Report of an investigation into the causes of malaria in Bombay and the measures necessary for its control
Disease focus: Malaria
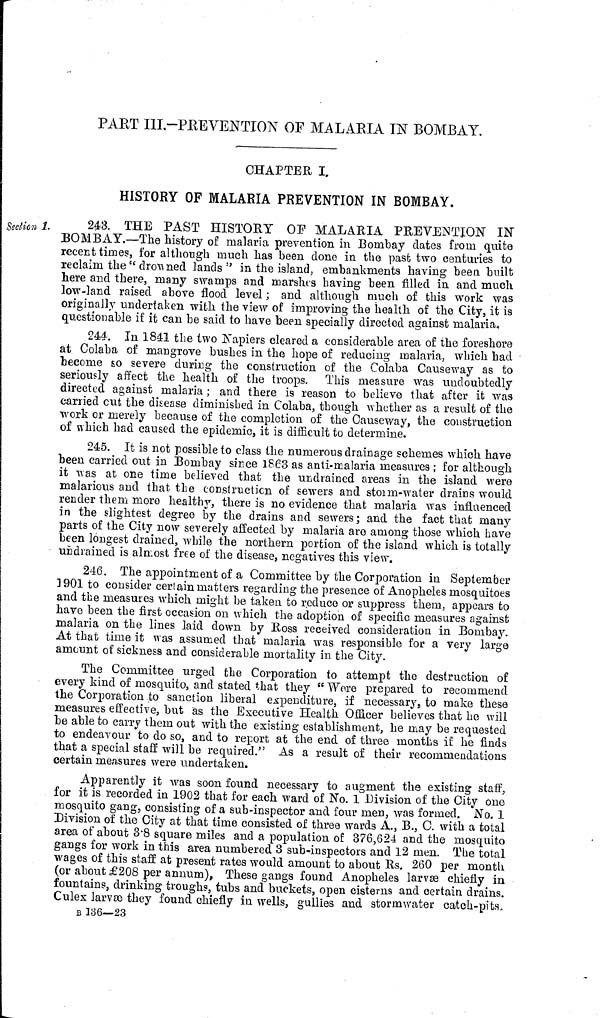
PART III-PREVENTION OF MALARIA IN BOMBAY.
CHAPTER I.
HISTORY OF MALARIA PREVENTION IN BOMBAY.
Section 1.
243. THE PAST HISTORY OP MALARIA PREVENTION IN
BOMBAY.—The history of malaria prevention in Bombay dates from quite
recent times, for although much has been done in the past two centuries to
reclaim the" drowned lands" in the island, embankments having been built
here and there, many swamps and marshes having been filled in and much
low-land raised above flood level ; and although much of this work was
originally undertaken with the view of improving the health of the City, it is
questionable if it can be said to have been specially directed against malaria,
244. In 1841 the two Napiers cleared a considerable area of the foreshore
at Colaba of mangrove bushes in the hope of reducing malaria, which had
become so severe during the construction of the Colaba Causeway as to
seriously affect the health of the troops. This measure was undoubtedly
directed against malaria ; and there is reason to believe that after it was
carried cut the disease diminished in Colaba, though whether as a result of the
work or merely because of the completion of the Causeway, the construction
of which had caused the epidemic, it is difficult to determine.
245. It is not possible to class the numerous drainage schemes which have
been carried out in Bombay since 1863 as anti-malaria measures ; for although
it was at one time believed that the undrained areas in the island were
malarious and that the construction of sewers and storm-water drains would
render them more healthy, there is no evidence that malaria was influenced
in the slightest degree by the drains and sewers ; and the fact that many
parts of the City now severely affected by malaria are among those which have
been longest drained, while the northern portion of the island which is totally
undrained is almost free of the disease, negatives this view.
246. The appointment of a Committee by the Corporation in September
1901 to consider certain matters regarding the presence of Anopheles mosquitoes
and the measures which might be taken to reduce or suppress them, appears to
have been the first occasion on which the adoption of specific measures against
malaria on the lines laid down by Ross received consideration in Bombay.
At that time it was assumed that malaria was responsible for a very large
amount of sickness and considerable mortality in the City.
The Committee urged the Corporation to attempt the destruction of
every kind of mosquito, and stated that they " Were prepared to recommend
the Corporation to sanction liberal expenditure, if necessary, to make these
measures effective, but as the Executive Health Officer believes that he will
be able to carry them out with the existing establishment, he may be requested
to endeavour to do so, and to report at the end of three months it he finds
that a special staff will be required." As a result of their recommendations
certain measures were undertaken.
Apparently it was soon found necessary to augment the existing staff,
for it is recorded in 1902 that for each ward of No. 1 Division of the City one
mosquito gang, consisting of a sub-inspector and four men, was formed. No. 1
Division of the City at that time consisted of three wards A., B., C. with a total
area of about 3.8 square miles and a population of: 376,624 and the mosquito
gangs for work in this area numbered 3 sub-inspectors and 12 men. The total
wages of this staff at present rates would amount to about Rs. 260 per month
(or about £208 per annum), These gangs found Anopheles larvæ chiefly in
fountains, drinking troughs, tubs and buckets, open cisterns and certain drains.
Culex larvæ they found chiefly in wells, gullies and stormwater catch-pits,
B 136—23